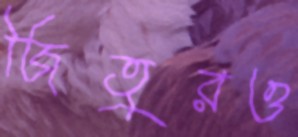
জিতুরও